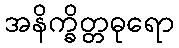
အနိက္ခိတ္တဓုရော